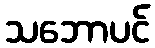
သဘောပင်